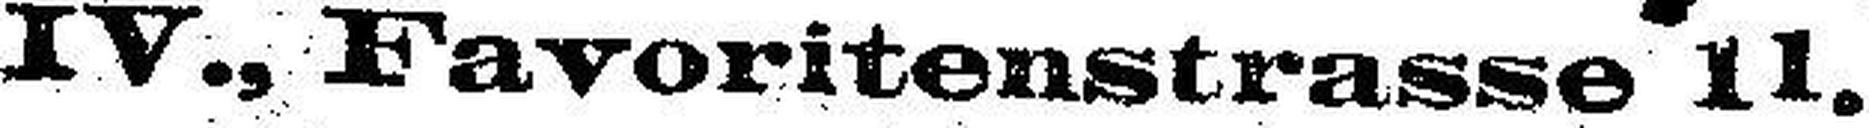
IV., Favoritenstrasse 11.